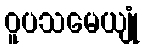
ဝူပသမေယျုံ